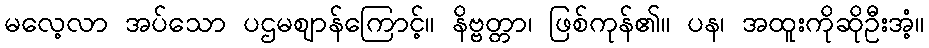
မလေ့လာ အပ်သော ပဌမဈာန်ကြောင့်။ နိဗ္ဗတ္တာ၊ ဖြစ်ကုန်၏။ ပန၊ အထူးကိုဆိုဦးအံ့။